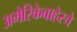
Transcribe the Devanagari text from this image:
अमेरिकेबाहेरचे